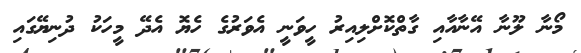
މޯނާ ލޫނާ އޭނާއާއި ގާތްކޮށްލިއިރު ހީވަނީ އެވަރުގެ ހެޔޮ އެދޭ މީހަކު ދުނިޔޭގައި